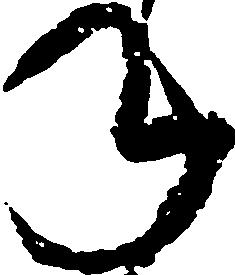
年